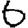
Digit: 6